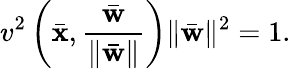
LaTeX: v^{2}\left(\bar{{\mathbf x}},\frac{\bar{{\mathbf w}}}{\| \bar{{\mathbf w}}\| }\right)\| \bar{\mathbf w}\| ^{2}=1.